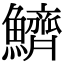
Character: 鱭